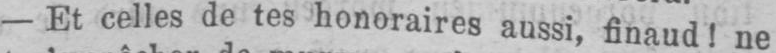
- Et celles de tes honoraires aussi, finaud! ne